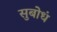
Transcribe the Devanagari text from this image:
सुबोधं